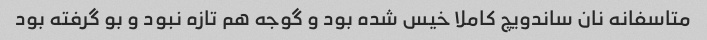
متاسفانه نان ساندویچ کاملا خیس شده بود و گوجه هم تازه نبود و بو گرفته بود